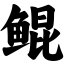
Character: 鲲